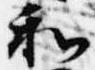
和